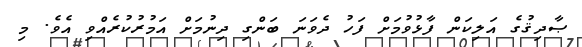
ޞާދިޤުގެ އަލިކަން ފާޅުވުމަށް ފަހު ދެވަނަ ބަންގި ދިނުމަށް އަމުރުކުރެއްވި އެވެ. މި